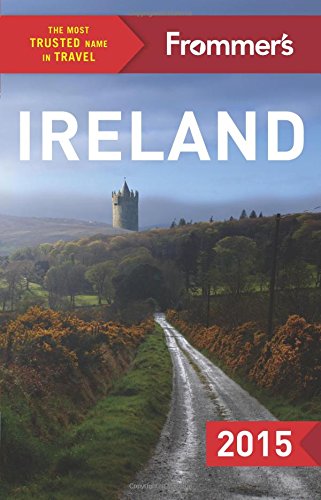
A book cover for Frommer's Ireland 2015 (Color Complete Guide); Jack Jewers; Travel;